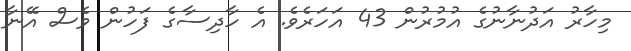
މިހާރު އަދުނާނުގެ އުމުރުން 43 އަހަރެވެ. އެ ހާދިސާގެ ފަހުން ވެސް އޭނާ